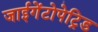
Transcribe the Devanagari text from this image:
जाईगेंटोपेट्रिड